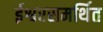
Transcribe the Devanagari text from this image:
ईश्वरसमर्थित